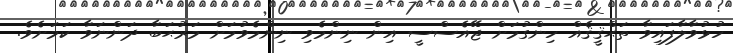
ހުޅުވާލާފައިވާ ތަޙްޤީޤެއް ހިންގުމަށް ޖޭއެސްސީ އިން ނިންމެވި ނިންމެވުމަށް މަރުޙަބާ ދަންނަވާ ކަމަށެވެ.